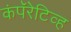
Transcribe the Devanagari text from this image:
कंपॅरेटिव्ह